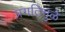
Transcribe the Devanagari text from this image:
प्रगतिमुळे